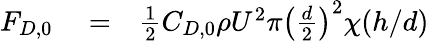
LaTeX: \begin{array}{rlr}{F_{D,0}}&{{}=}&{\frac{1}{2}C_{D,0}\rho U^{2}\pi\left({\frac{d}{2}}\right)^{2}\chi(h/d)}\end{array}